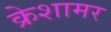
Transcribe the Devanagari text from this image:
क्रेशामर